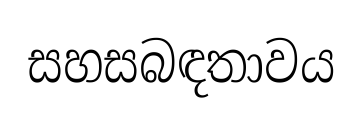
සහසබඳතාවය